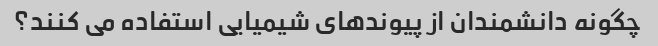
چگونه دانشمندان از پیوندهای شیمیایی استفاده می کنند؟